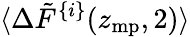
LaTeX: \langle\Delta\tilde{F}^{\{ i\} }(z_{\mathrm{mp}},2)\rangle